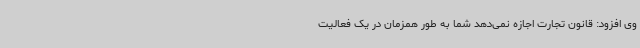
وی افزود: قانون تجارت اجازه نمی‌دهد شما به طور همزمان در یک فعالیت